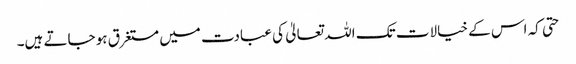
حتی کہ اس کے خیالات تک اللہ تعالیٰ کی عبادت میں مستغرق ہو جاتے ہیں۔